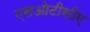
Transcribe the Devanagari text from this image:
एसओटीसीए